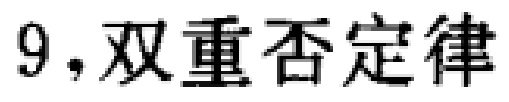
9，双重否定律